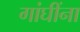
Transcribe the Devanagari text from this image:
गांघींना